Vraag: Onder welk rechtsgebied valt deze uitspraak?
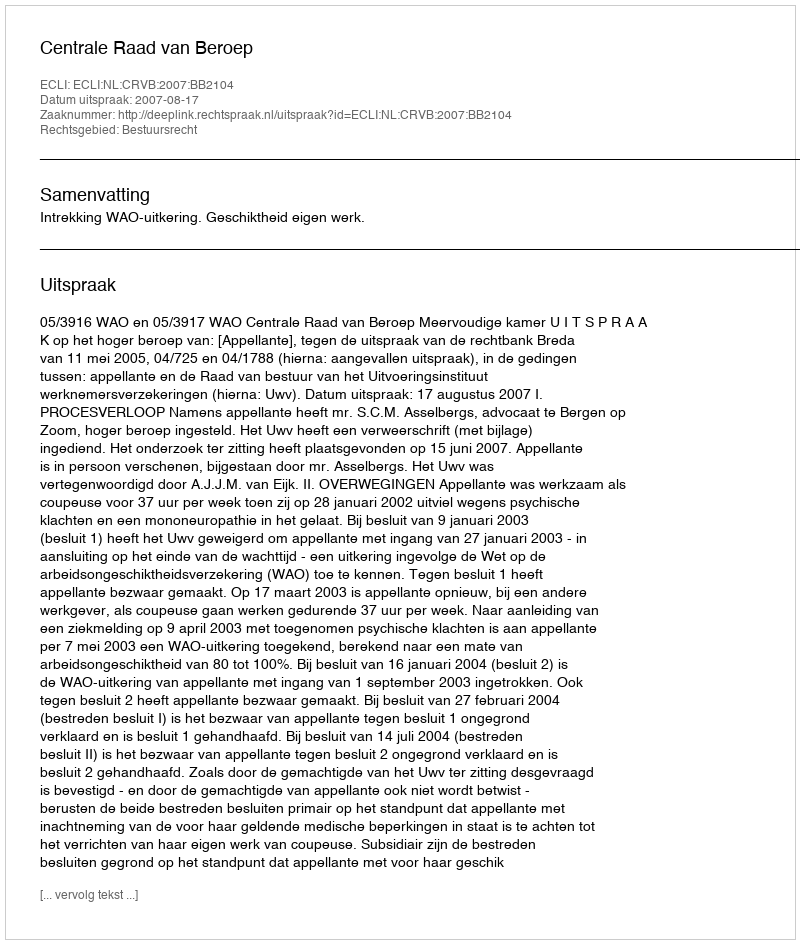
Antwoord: Bestuursrecht